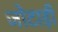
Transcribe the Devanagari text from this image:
जोटाड़ी